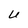
Character: U